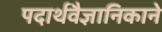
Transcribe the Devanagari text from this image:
पदार्थवैज्ञानिकाने